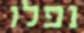
נפלו